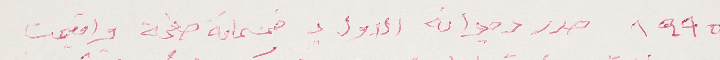
١٩٩٥ صدر ديوانه الاول بـ خمسماية صفحة واقيمت